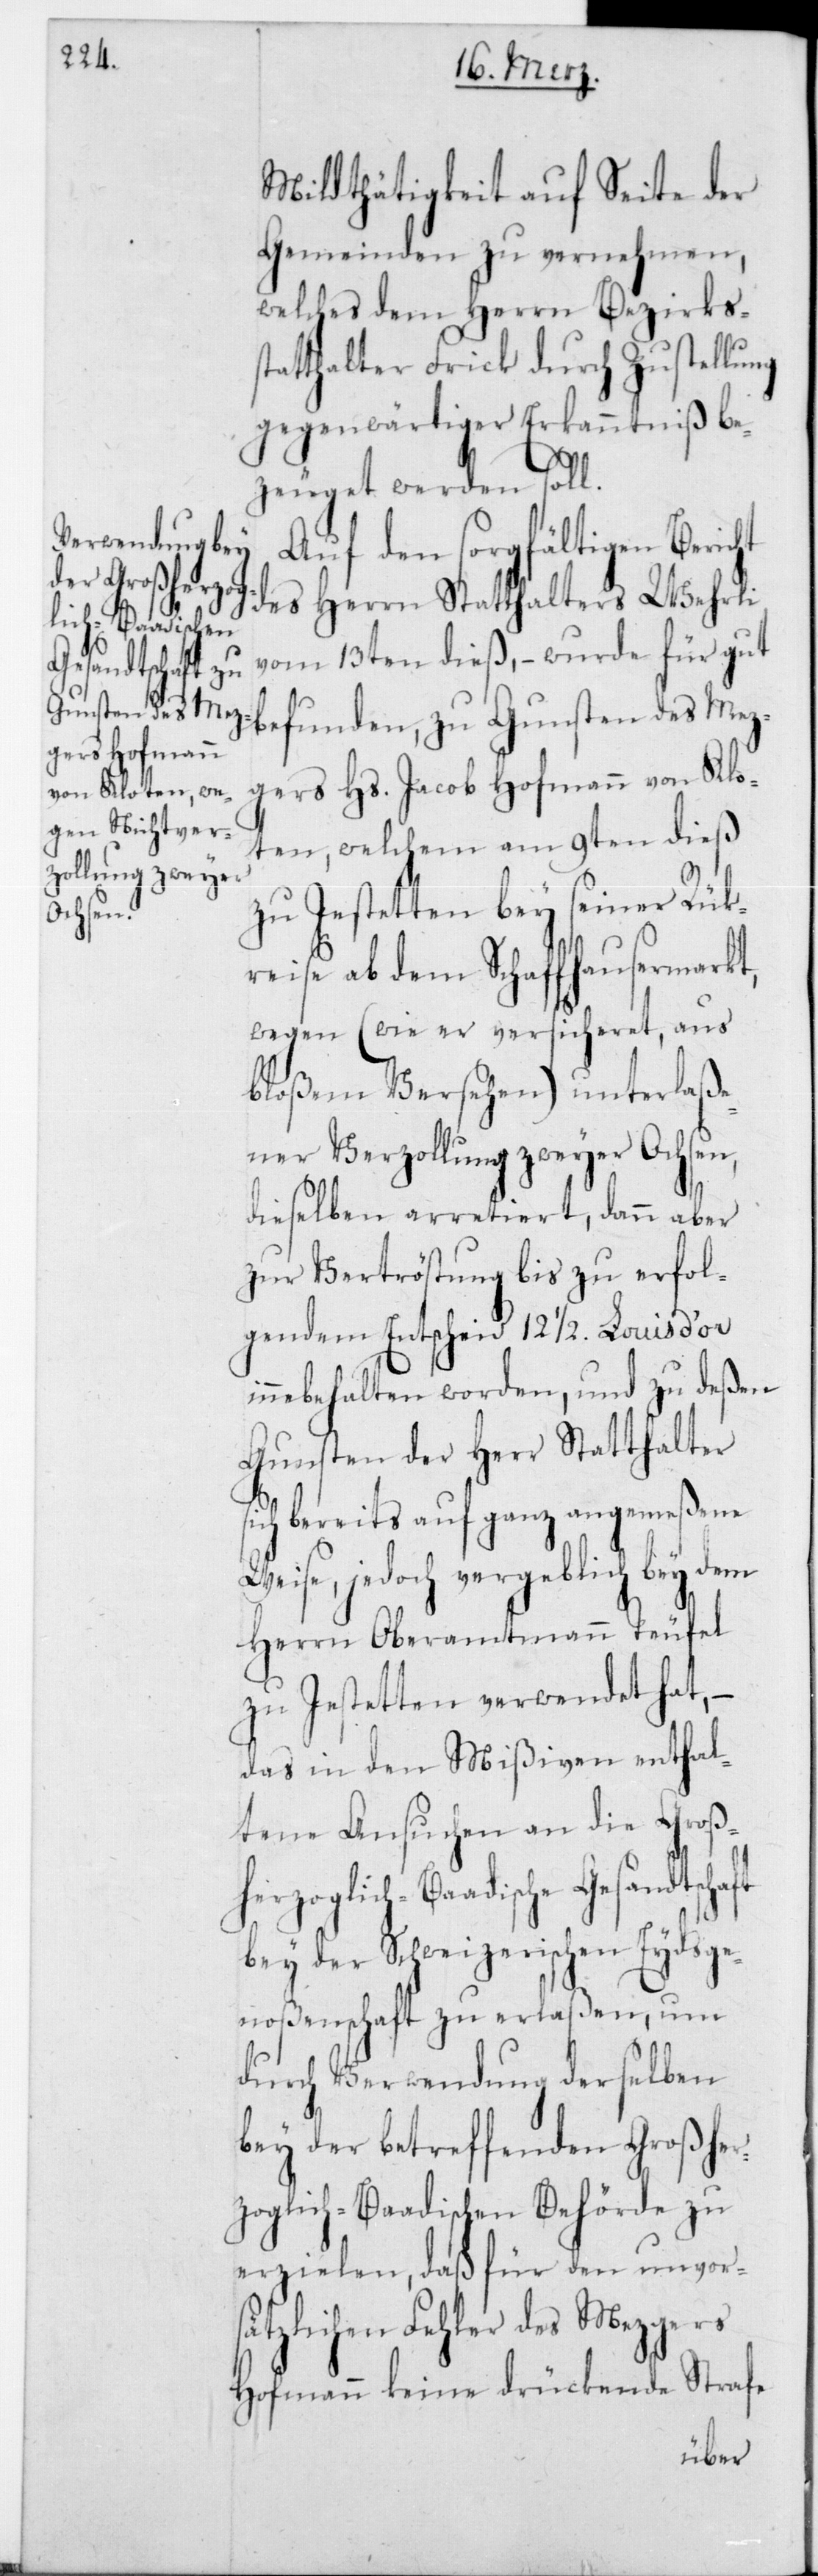
Mildthätigkeit auf Seite der
Gemeinden zu vernehmen,
welches dem Herrn Bezirkss¬
tatthalter Frick durch Zustellung
gegenwärtiger Erkanntnuß be¬
zeuget werden soll.
Auf den sorgfältigen Ber¬
des Herrn Statthalters Wehrli
vom 13ten dieß, – wurde für gut
si¬
gers Hs. Jacob Hofmann von Klo¬
ten, welchem am 9ten dieß
zu Jestetten bey seiner Rük¬
reise ab dem Schaffhausermarkt,
wegen (wie er versicheret, aus
bloßem Versehen) unterlaße¬
ner Verzollung zweyer Ochsen,
dieselben arretiert, dann aber
zur Vertröstung bis zu erfol¬
gendem Entscheid 12 1/2 Louis d’or
innebehalten worden, und zu deßen
Gunsten der Herr Statthalter
ch bereits auf ganz angemeßene
Weise, jedoch vergeblich bey dem
Herrn Oberamtmann Teufel
zu Jestetten verwendet hat, –
das in den Mißiven enthal¬
tene Ansuchen an die Groß¬
herzoglich-Baadische Gesandtschaft
bey der Schweizerischen Eydsge¬
noßenschaft zu erlaßen, um
durch Verwendung derselben
bey der betreffenden Großher¬
zoglich-Baadischen Behörde zu
erzielen, daß für den unvors¬
ätzlichen Fehler des Mezgers
Hofmann keine drückende Strafe